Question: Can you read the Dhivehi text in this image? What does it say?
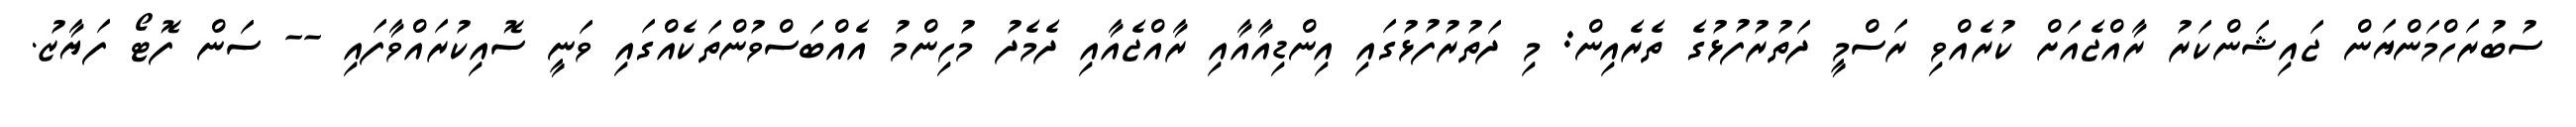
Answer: ސުބުރަހްމަންޔަން ޖައިޝަންކަރު ރާއްޖެއަށް ކުރެއްވި ރަސްމީ ދަތުރުފުޅުގެ ތެރެއިން: މި ދަތުރުފުޅުގައި އިންޑިއާއާއި ރާއްޖެއާއި ދެމެދު މުހިންމު އެއްބަސްވުންތަކެއްގައި ވަނީ ސޮއިކުރައްވާފައި -- ސަން ފޮޓޯ ފަޔާޒު.